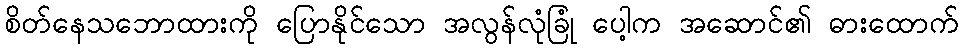
စိတ်နေသဘောထားကို ပြောနိုင်သော အလွန်လုံခြုံ ပေါ့က အဆောင်၏ ဓားထောက်